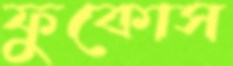
ফুকোস